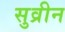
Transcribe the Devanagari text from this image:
सुव्रीन